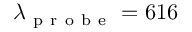
\lambda _ { \mathrm { ~ p ~ r ~ o ~ b ~ e ~ } } = 6 1 6